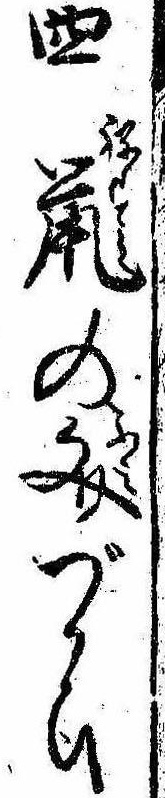
四鼠の文づかひ